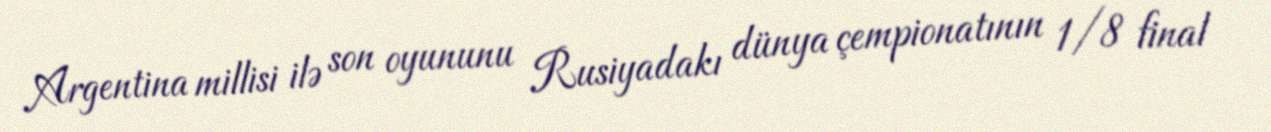
Argentina millisi ilə son oyununu Rusiyadakı dünya çempionatının 1/8 final